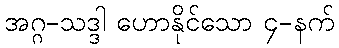
အဂ္ဂ-သဒ္ဒါ ဟောနိုင်သော ၄-နက်